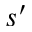
s ^ { \prime }